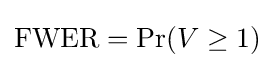
\mathrm {FWER} =\Pr(V\geq 1)